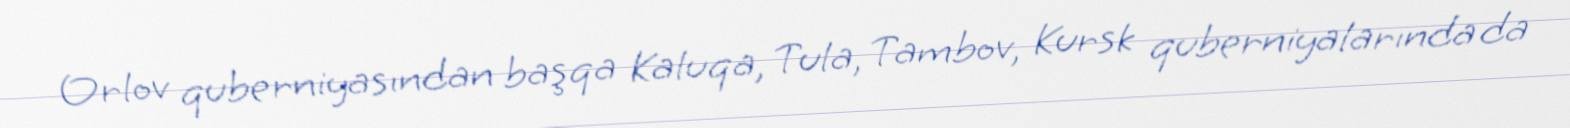
Orlov quberniyasından başqa Kaluqa, Tula, Tambov, Kursk quberniyalarında da